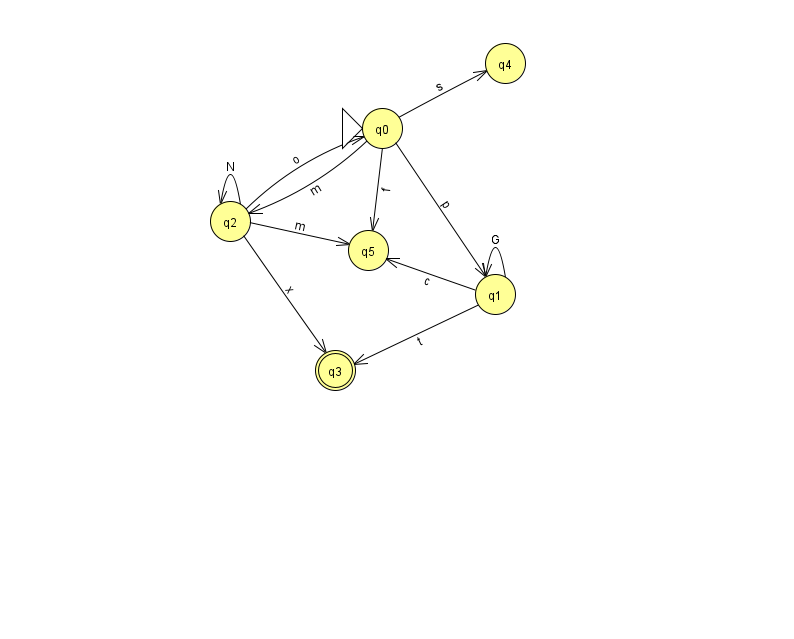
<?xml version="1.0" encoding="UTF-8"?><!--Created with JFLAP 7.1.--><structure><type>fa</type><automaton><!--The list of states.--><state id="0" name="q0"><x>382.0</x><y>115.0</y><initial/></state><state id="1" name="q1"><x>495.0</x><y>281.0</y></state><state id="2" name="q2"><x>230.0</x><y>208.0</y></state><state id="3" name="q3"><x>335.0</x><y>357.0</y><final/></state><state id="4" name="q4"><x>505.0</x><y>50.0</y></state><state id="5" name="q5"><x>368.0</x><y>237.0</y></state><!--The list of transitions.--><transition><from>2</from><to>5</to><read>m</read></transition><transition><from>0</from><to>4</to><read>s</read></transition><transition><from>1</from><to>3</to><read>t</read></transition><transition><from>0</from><to>1</to><read>p</read></transition><transition><from>1</from><to>1</to><read>G</read></transition><transition><from>2</from><to>0</to><read>o</read></transition><transition><from>2</from><to>3</to><read>x</read></transition><transition><from>0</from><to>2</to><read>m</read></transition><transition><from>0</from><to>5</to><read>f</read></transition><transition><from>1</from><to>5</to><read>c</read></transition><transition><from>2</from><to>2</to><read>N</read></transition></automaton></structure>